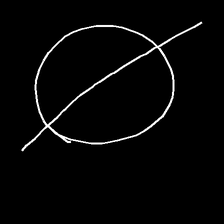
Glyph: orb